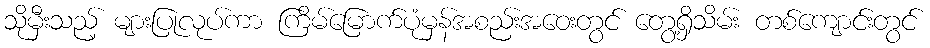
သိုမှီးသည့် များပြုလုပ်ကာ ကြိမ်မြောက်ပုံမှန်အစည်းအဝေးတွင် တွေ့ရှိသိမ်း တစ်ကျောင်းတွင်